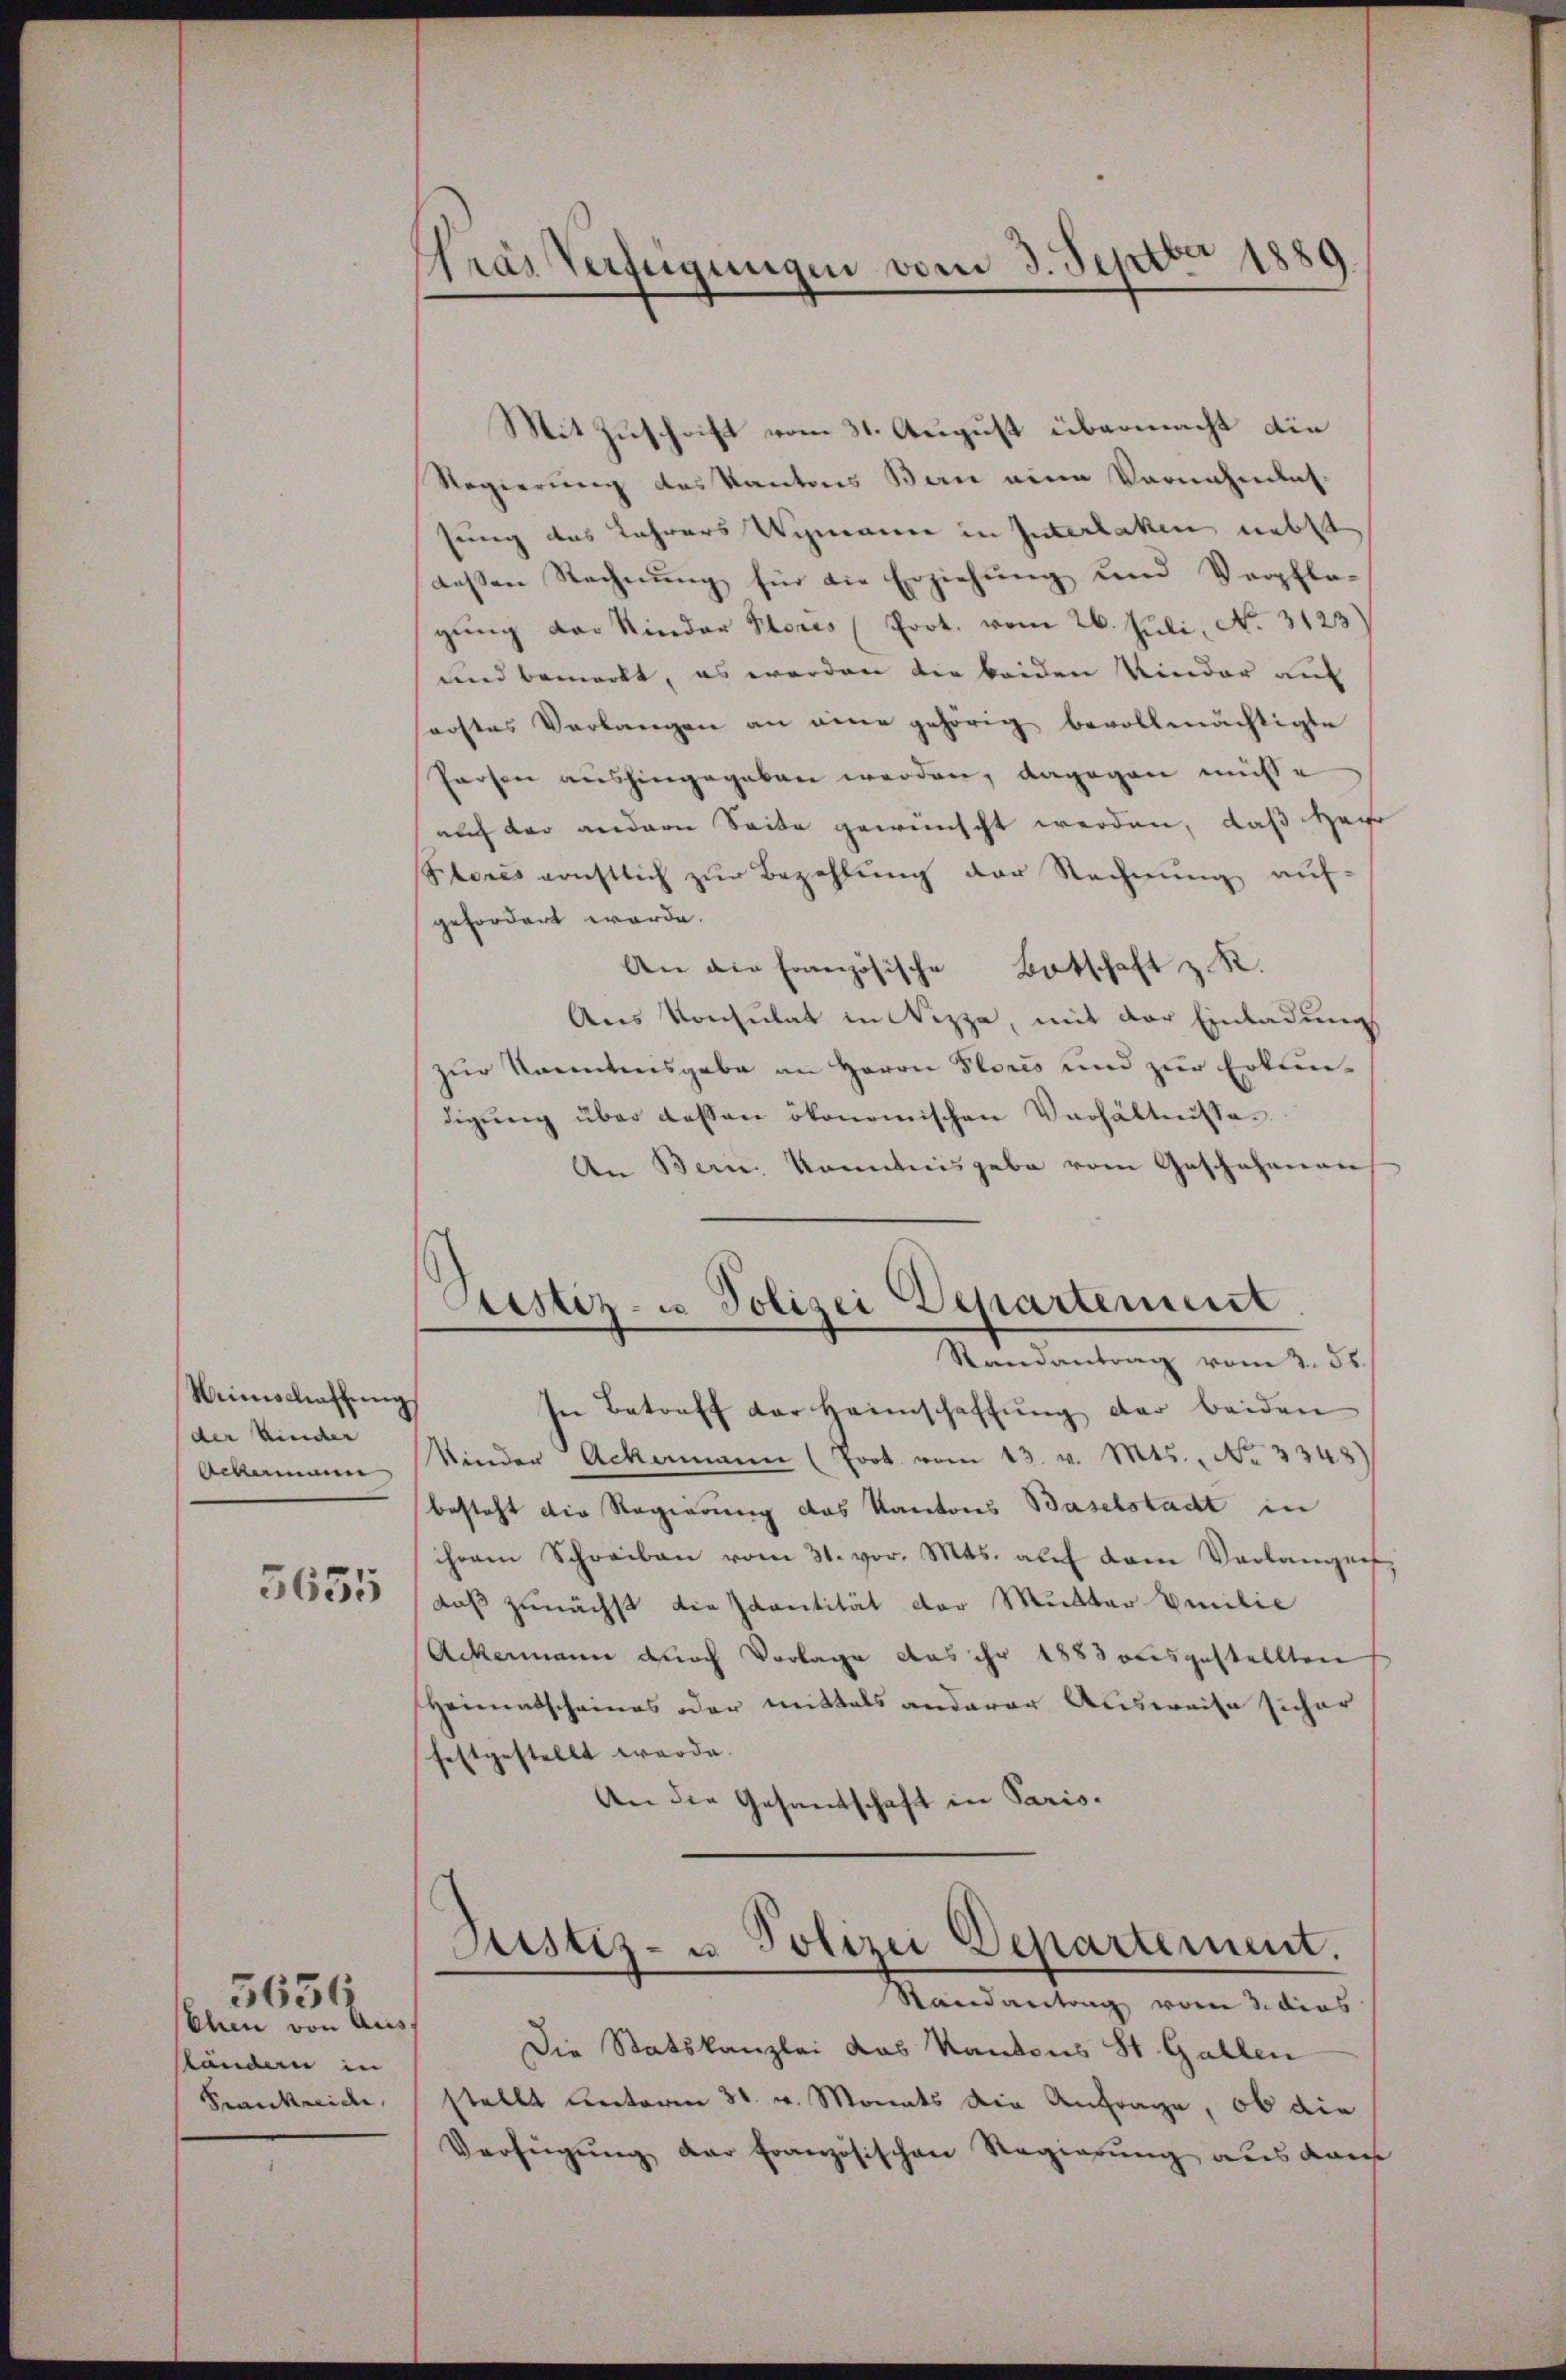
Weinschaffŭng
(der Kinder
Ackerman

5655

Ehen von Ausländern in
Frankreide,

3636

Fras Verfügungen vom 3. Septbr 1889

Mit Zuschrift vom 31. August übermacht die
Regierung des Kantons Bern eine Vornahmlas-
sung das Jahrers Wismann in Interlaken nebst
dessen Rechnung für die Erziehung und Verpfla-
gung der Kinder Stores (Prot. vom 26. Juli, No. 3123)
und bemerkt, es werden die beiden Kinder auf
sorstes Verlangen an eine gehörig bevollmächtigte
Parsen aushingegeben werden, dagegen müße
nach der andern Seite gewünscht werden, daß Herr
Stores ernstlich zur Bezahlung der Rechnung auf-
gefordert werde.
An die Französische Botschaft z. R.
Ans Konsulat in Nizza, mit der Einladungs
zur Kenntnisgabe an Herrn Stors und zur Erkundigŭng über dessen ökonomischen Verhältnisse.
An Bern konntnisgabe vom Geschehenen
Justiz- u Polizei Departement
Randantrag vom 2. 55.
In Betreff der Heimschaffung der beiden
Kinder Ackermann (fort vom 13. v. Mts., No 3348)
besteht die Regierung des Kantons Baselstadt in
ihrem Schreiben vom 31. vor. Mts. aŭf dem Verlangeis
daß zunächst die cantität der Mutter Emilie
Ackermann durch Vorlage aus ihr 1883 ausgestellten
Heimatscheines oder mittels anderer Ausweise sicher
festgestellt werde.
An die Gesandtschaft in Paris.

Justiz- u Polizei Departement.
Randantrag vom 3. dies

Die Statskanzlei das Kantons St. Gallen
stellt unterm 31. v. Monats die Anfrage, ob die
Verfügung der französischen Regierung aus dans